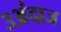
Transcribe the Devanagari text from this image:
३अंदाज